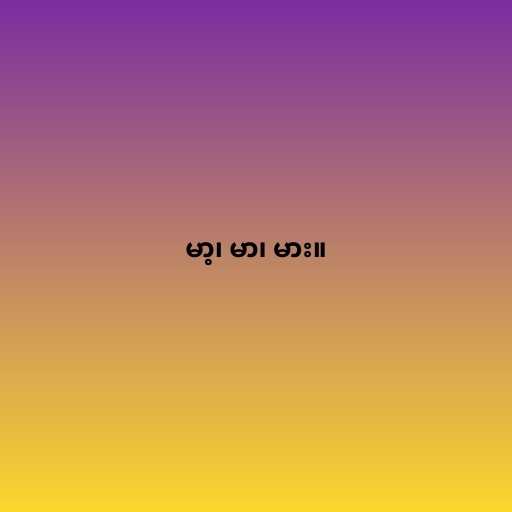
မာ့၊ မာ၊ မား။